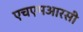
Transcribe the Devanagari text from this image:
एचएमआरसी